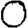
Digit: 0